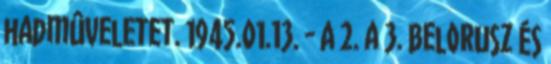
hadmûveletet. 1945.01.13. - A 2. a 3. Belorusz és